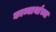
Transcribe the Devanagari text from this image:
काव्यार्थाच्या